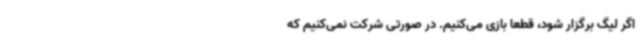
اگر لیگ برگزار شود، قطعا بازی می‌کنیم. در صورتی شرکت نمی‌کنیم که